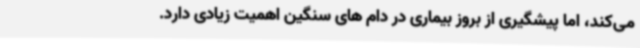
می‌کند، اما پیشگیری از بروز بیماری در دام های سنگین اهمیت زیادی دارد.